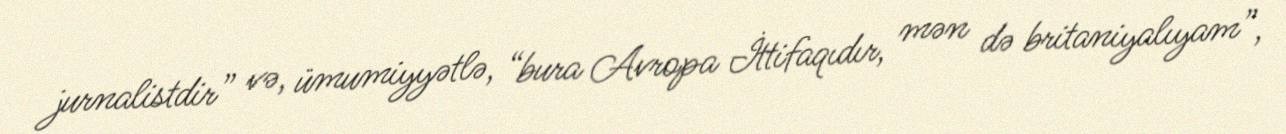
jurnalistdir” və, ümumiyyətlə, “bura Avropa İttifaqıdır, mən də britaniyalıyam”,